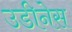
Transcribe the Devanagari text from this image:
उडीनेस